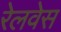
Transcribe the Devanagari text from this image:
रेलवेस